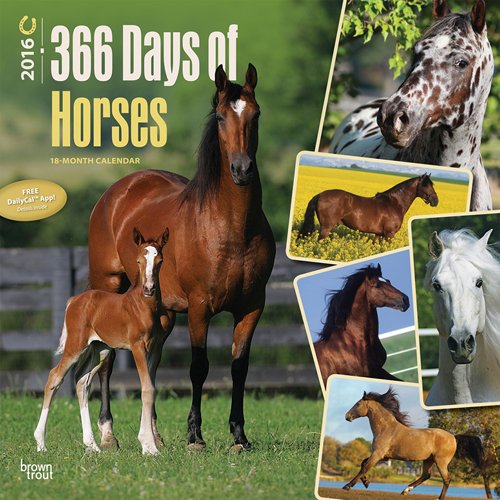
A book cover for Horses, 366 Days of, 2016 Square 12x12; Browntrout Publishers; Calendars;